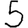
Digit: 5